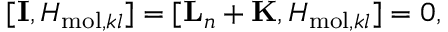
[ { \mathbf { I } } , H _ { \mathrm { m o l } , k l } ] = [ { \mathbf { L } } _ { n } + { \mathbf { K } } , H _ { \mathrm { m o l } , k l } ] = 0 ,